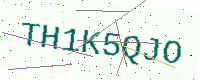
Text: TH1K5QJO